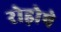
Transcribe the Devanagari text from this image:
रोड़ोषे